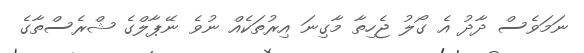
ނަމަވެސް ދާދު އެ ގޯލު ޖެހިތާ މާގިނަ އިރުތަކެއް ނުވެ ނޭޕާލްގެ ޝްރެސްތާގެ